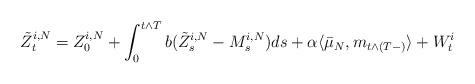
LaTeX: \begin{align*}\tilde{Z}^{i, N}_t = Z^{i, N}_0 +\int_0^{t\wedge T} b(\tilde{Z}^{i, N}_s - M^{i, N}_s)ds + \alpha\langle\bar{\mu}_N, m_{t\wedge(T-)}\rangle + W^i_t\end{align*}